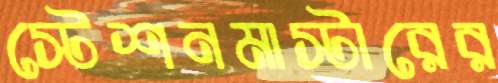
স্টেশনমাস্টারের